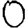
Digit: 0